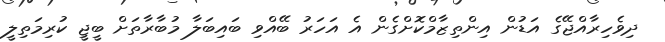
ދިވެހިރާއްޖޭގެ އަޑުން އިންތިޒާމްކޮށްގެން އެ އަހަރު ބޭއްވި ބައިބަލާ މުބާރާތަށް ބީޖީ ކުރިމަތިލީ